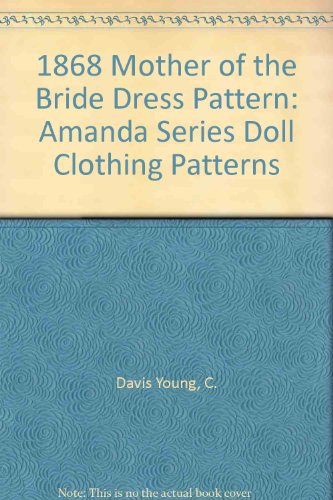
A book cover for Amanda 1868 Mother of the Bride Dress Pattern: Amanda Series Doll Clothing Patterns; Betty J. Mills; Crafts, Hobbies & Home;